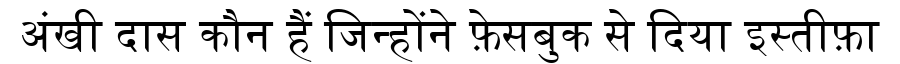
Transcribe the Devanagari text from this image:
अंखी दास कौन हैं जिन्होंने फ़ेसबुक से दिया इस्तीफ़ा